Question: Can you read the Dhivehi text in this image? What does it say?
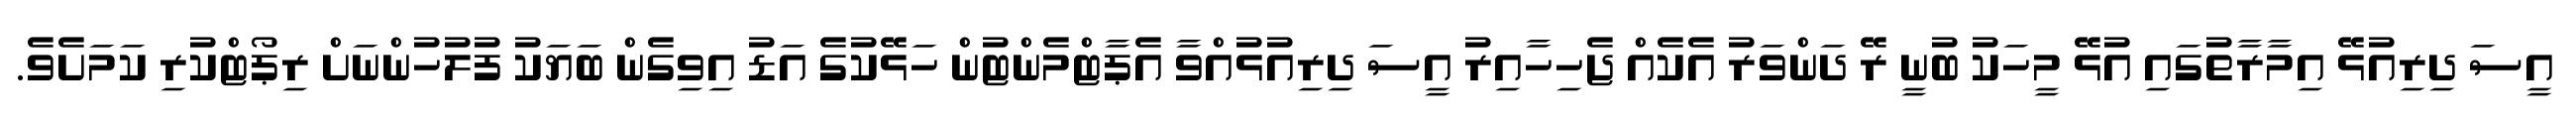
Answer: އީސަ ދިރިއުޅޭ އިމާރާތުގައި އުޅޭ މީހަކު ބުނީ ރޭ ދަންވަރު އެކެއް ޖެހިހާއިރު އީސަ ދިރިއުޅުއްވާ އެޕާޓްމެންޓުން ހަޅޭކުގެ އަޑު އިވިގެން ބަޔަކު ފުލުހުންނަށް ރިޕޯޓްކުރި ކަމަށެވެ.